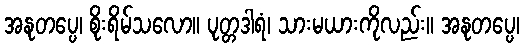
အနုတပ္ပေ၊ စိုးရိမ်သလော။ ပုတ္တဒါရံ၊ သားမယားကိုလည်း။ အနုတပ္ပေ၊